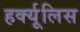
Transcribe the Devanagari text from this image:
हर्क्यूलिस